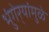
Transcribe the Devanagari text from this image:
भुंगेर्‍यांमुळे